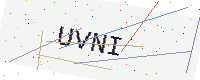
Text: UVNI